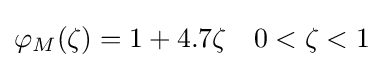
\varphi _{M}(\zeta )=1+4.7\zeta \quad 0<\zeta <1